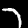
Label: 7